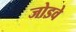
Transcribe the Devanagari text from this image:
जोडवे